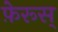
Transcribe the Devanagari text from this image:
फ़ेरूस्